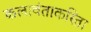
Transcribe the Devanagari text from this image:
कलावंताकरिता